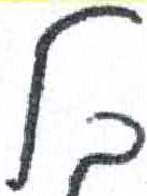
אות: ל